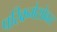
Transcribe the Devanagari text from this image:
परिक्रमेसोबत